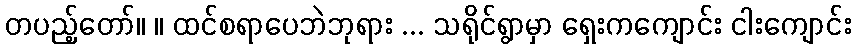
တပည့်တော်။ ။ ထင်စရာပေဘဲဘုရား ... သရိုင်ရွာမှာ ရှေးကကျောင်း ငါးကျောင်း